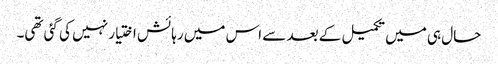
حال ہی میں تکمیل کے بعد سے اس میں رہائش اختیار نہیں کی گئی تھی۔